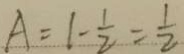
A = 1 - \frac { 1 } { 2 } = \frac { 1 } { 2 }